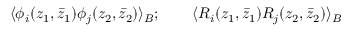
\langle \phi _ { i } ( z _ { 1 } , \bar { z } _ { 1 } ) \phi _ { j } ( z _ { 2 } , \bar { z } _ { 2 } ) \rangle _ { B } ; \qquad \langle R _ { i } ( z _ { 1 } , \bar { z } _ { 1 } ) R _ { j } ( z _ { 2 } , \bar { z } _ { 2 } ) \rangle _ { B }